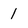
Character: 1